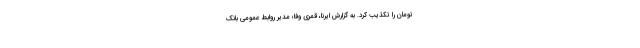
تومان را تکذیب کرد. به گزارش ایرنا، قمری وفا؛ مدیر روابط عمومی بانک